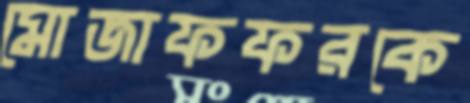
মোজাফফরকে